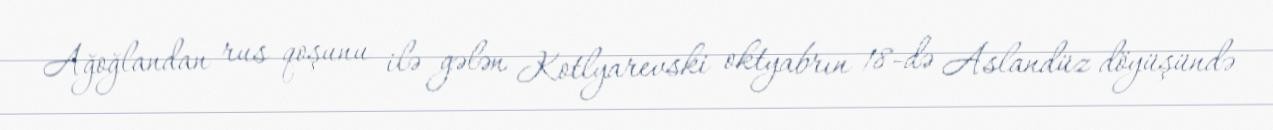
Ağoğlandan rus qoşunu ilə gələn Kotlyarevski oktyabrın 18-də Aslandüz döyüşündə